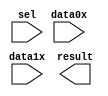
module lpm_mux97436 (
	data0x,
	data1x,
	sel,
	result);

	input	[7:0]  data0x;
	input	[7:0]  data1x;
	input	  sel;
	output	[7:0]  result;

endmodule